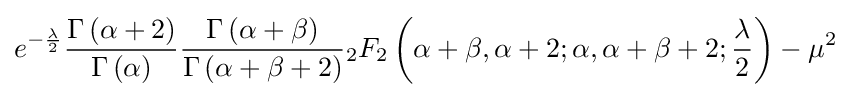
e^{-{\frac {\lambda }{2}}}{\frac {\Gamma \left(\alpha +2\right)}{\Gamma \left(\alpha \right)}}{\frac {\Gamma \left(\alpha +\beta \right)}{\Gamma \left(\alpha +\beta +2\right)}}{}_{2}F_{2}\left(\alpha +\beta ,\alpha +2;\alpha ,\alpha +\beta +2;{\frac {\lambda }{2}}\right)-\mu ^{2}